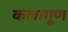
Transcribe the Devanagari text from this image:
कलागूण